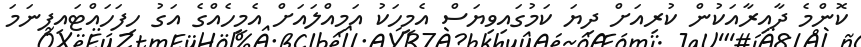
ކޮންމެ ދާއިރާއަކުން ކުރިއަށް ދިޔަ ކަމުގައިވިޔަސް އެމީހަކު އަމިއްލައަށް އެމީހެއްގެ އަގު ހިފަހައްޓައިފިނަމަ